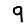
Digit: 9